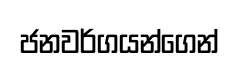
ජනවර්ගයන්ගෙන්